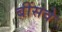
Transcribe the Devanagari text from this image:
बींसवे